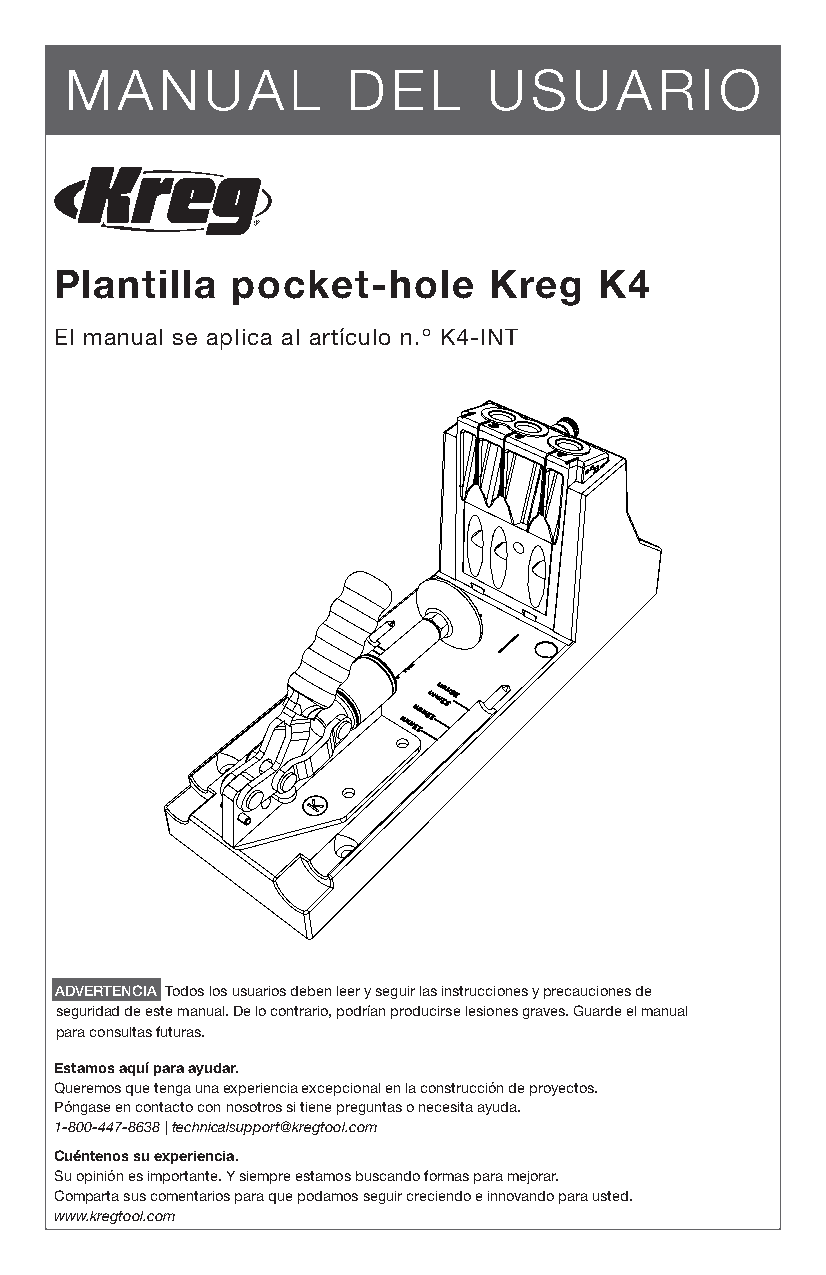
MANUAL             DEL      USUARIO
 Plantilla  pocket-hole      Kreg    K4
 El manual se aplica al artículo n.º K4-INT
 ADVERTENCIA Todos los usuarios deben leer y seguir las instrucciones y precauciones de
 seguridad de este manual. De lo contrario, podrían producirse lesiones graves. Guarde el manual
 para consultas futuras.
 Estamos aquí para ayudar.
 Queremos que tenga una experiencia excepcional en la construcción de proyectos.
 Póngase en contacto con nosotros si tiene preguntas o necesita ayuda.
 1-800-447-8638 | technicalsupport@kregtool.com
 Cuéntenos su experiencia.
 Su opinión es importante. Y siempre estamos buscando formas para mejorar.
 Comparta sus comentarios para que podamos seguir creciendo e innovando para usted.
 www.kregtool.com